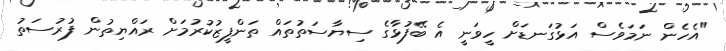
"އެހެން ނަމަވެސް އަޅުގަނޑަށް ހީވަނީ އެ ބޭފުޅާގެ ސިޔާސަތުތައް ތަންފީޒުކުރުމަށް ރައްޔިތުން ފުރުސަތު